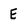
Character: E